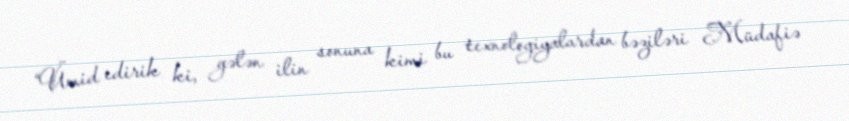
“Ümid edirik ki, gələn ilin sonuna kimi bu texnologiyalardan bəziləri Müdafiə